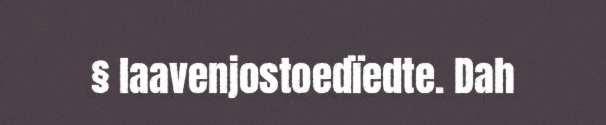
§ laavenjostoedïedte. Dah